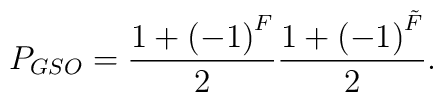
P_{GSO} = \frac{1 +\left( -1\right)^F}{2} \frac{1 + \left(    -1\right)^{\tilde{F}}}{2} .